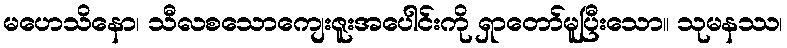
မဟေသိနော၊ သီလစသောကျေးဇူးအပေါင်းကို ရှာတော်မူပြီးသော။ သုမနဿ၊